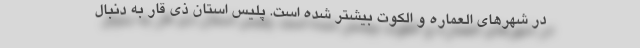
در شهرهای العماره و الکوت بیشتر شده است. پلیس استان ذی قار به دنبال